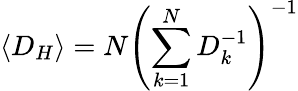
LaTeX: \langle D_{H}\rangle=N{\left(\sum_{k=1}^{N}D_{k}^{-1}\right)^{-1}}